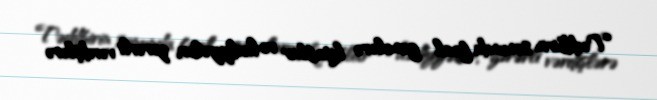
Təddbirin sonunda fəal gənclərə kitablar və hədiyyələr, zərərli vərdişlərə